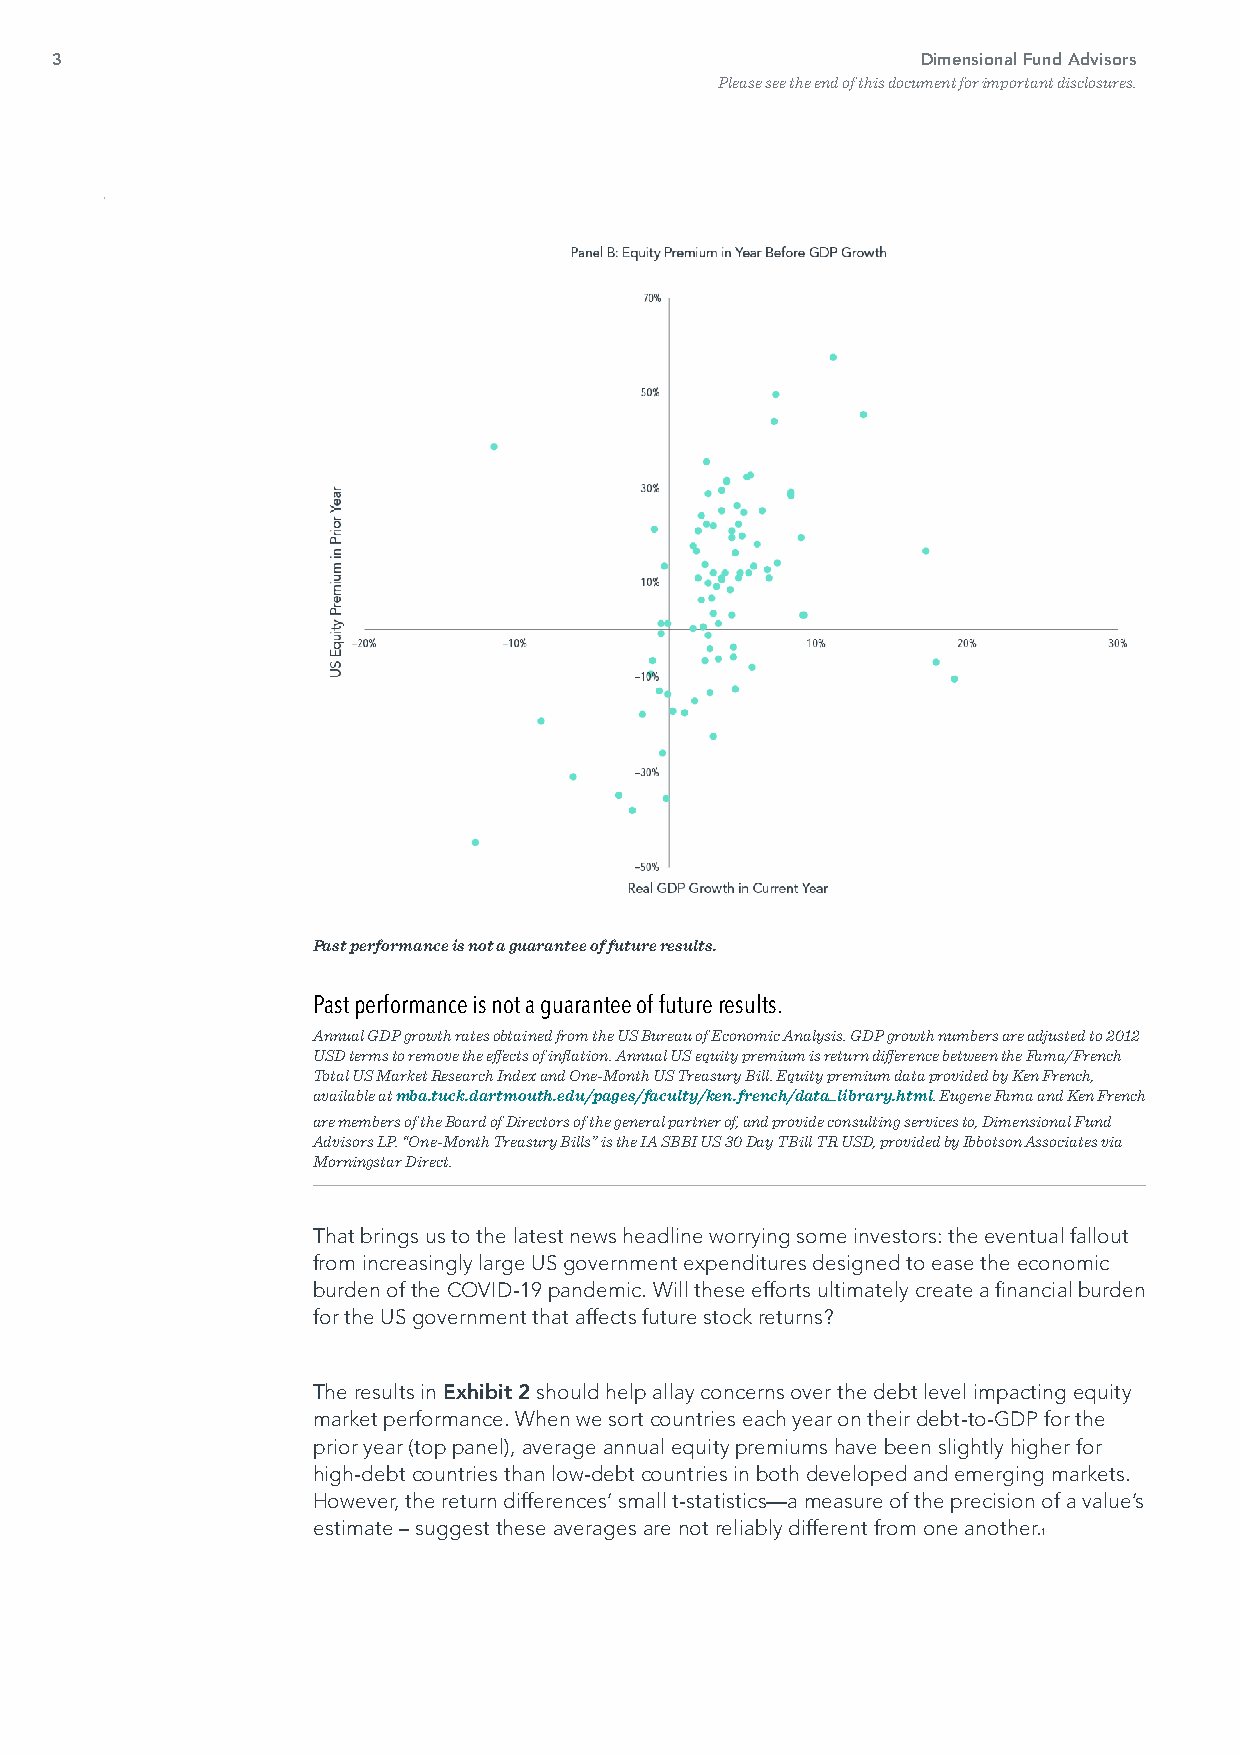
3                                                         Dimensional Fund Advisors
 Please see the end of this document for important disclosures.
 Past performance is not a guarantee of future results.
 Past performance is not a guarantee of future results.
 Annual GDP growth rates obtained from the US Bureau of Economic Analysis. GDP growth numbers are adjusted to 2012
 USD terms to remove the effects of inflation. Annual US equity premium is return difference between the Fama/French
 Total US Market Research Index and One-Month US Treasury Bill. Equity premium data provided by Ken French,
 available at mba.tuck.dartmouth.edu/pages/faculty/ken.french/data_library.html. Eugene Fama and Ken French
 are members of the Board of Directors of the general partner of, and provide consulting services to, Dimensional Fund
 Advisors LP. “One-Month Treasury Bills” is the IA SBBI US 30 Day TBill TR USD, provided by Ibbotson Associates via
 Morningstar Direct.
 That brings us to the latest news headline worrying some investors: the eventual fallout
 from increasingly large US government expenditures designed to ease the economic
 burden of the COVID-19 pandemic. Will these efforts ultimately create a financial burden
 for the US government that affects future stock returns?
 The results in Exhibit 2 should help allay concerns over the debt level impacting equity
 market performance. When we sort countries each year on their debt-to-GDP for the
 prior year (top panel), average annual equity premiums have been slightly higher for
 high-debt countries than low-debt countries in both developed and emerging markets.
 However, the return differences’ small t-statistics—a measure of the precision of a value’s
 estimate – suggest these averages are not reliably different from one another.
 1